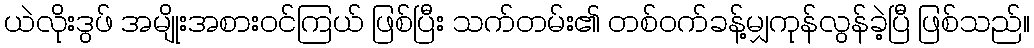
ယဲလိုးဒွဖ် အမျိုးအစားဝင်ကြယ် ဖြစ်ပြီး သက်တမ်း၏ တစ်ဝက်ခန့်မျှကုန်လွန်ခဲ့ပြီ ဖြစ်သည်။